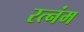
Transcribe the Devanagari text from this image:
रत्नंम